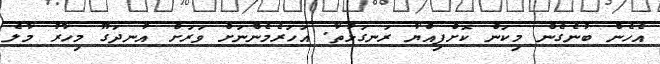
އެހެން ބުނެގެން މިކަން ކޮށްފިއްޔާ ރަނގަޅުތާ. އަހަރެމެންނަށް ވަރަށް އުނދަގޫ މިހާރު މާލެ